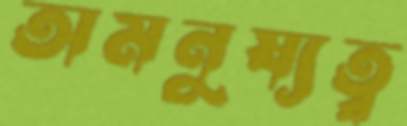
অমনুষ্যত্ব